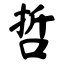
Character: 哲